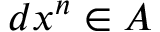
d x ^ { n } \in A